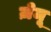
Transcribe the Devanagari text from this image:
ज़ेमू